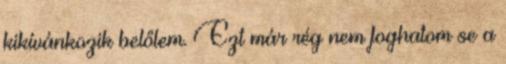
kikívánkozik belőlem. Ezt már rég nem foghatom se a